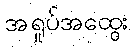
အရှုပ်အထွေး